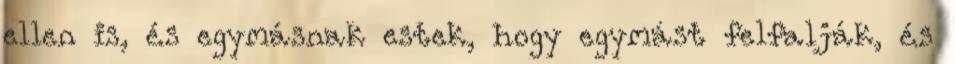
ellen is, és egymásnak estek, hogy egymást felfalják, és